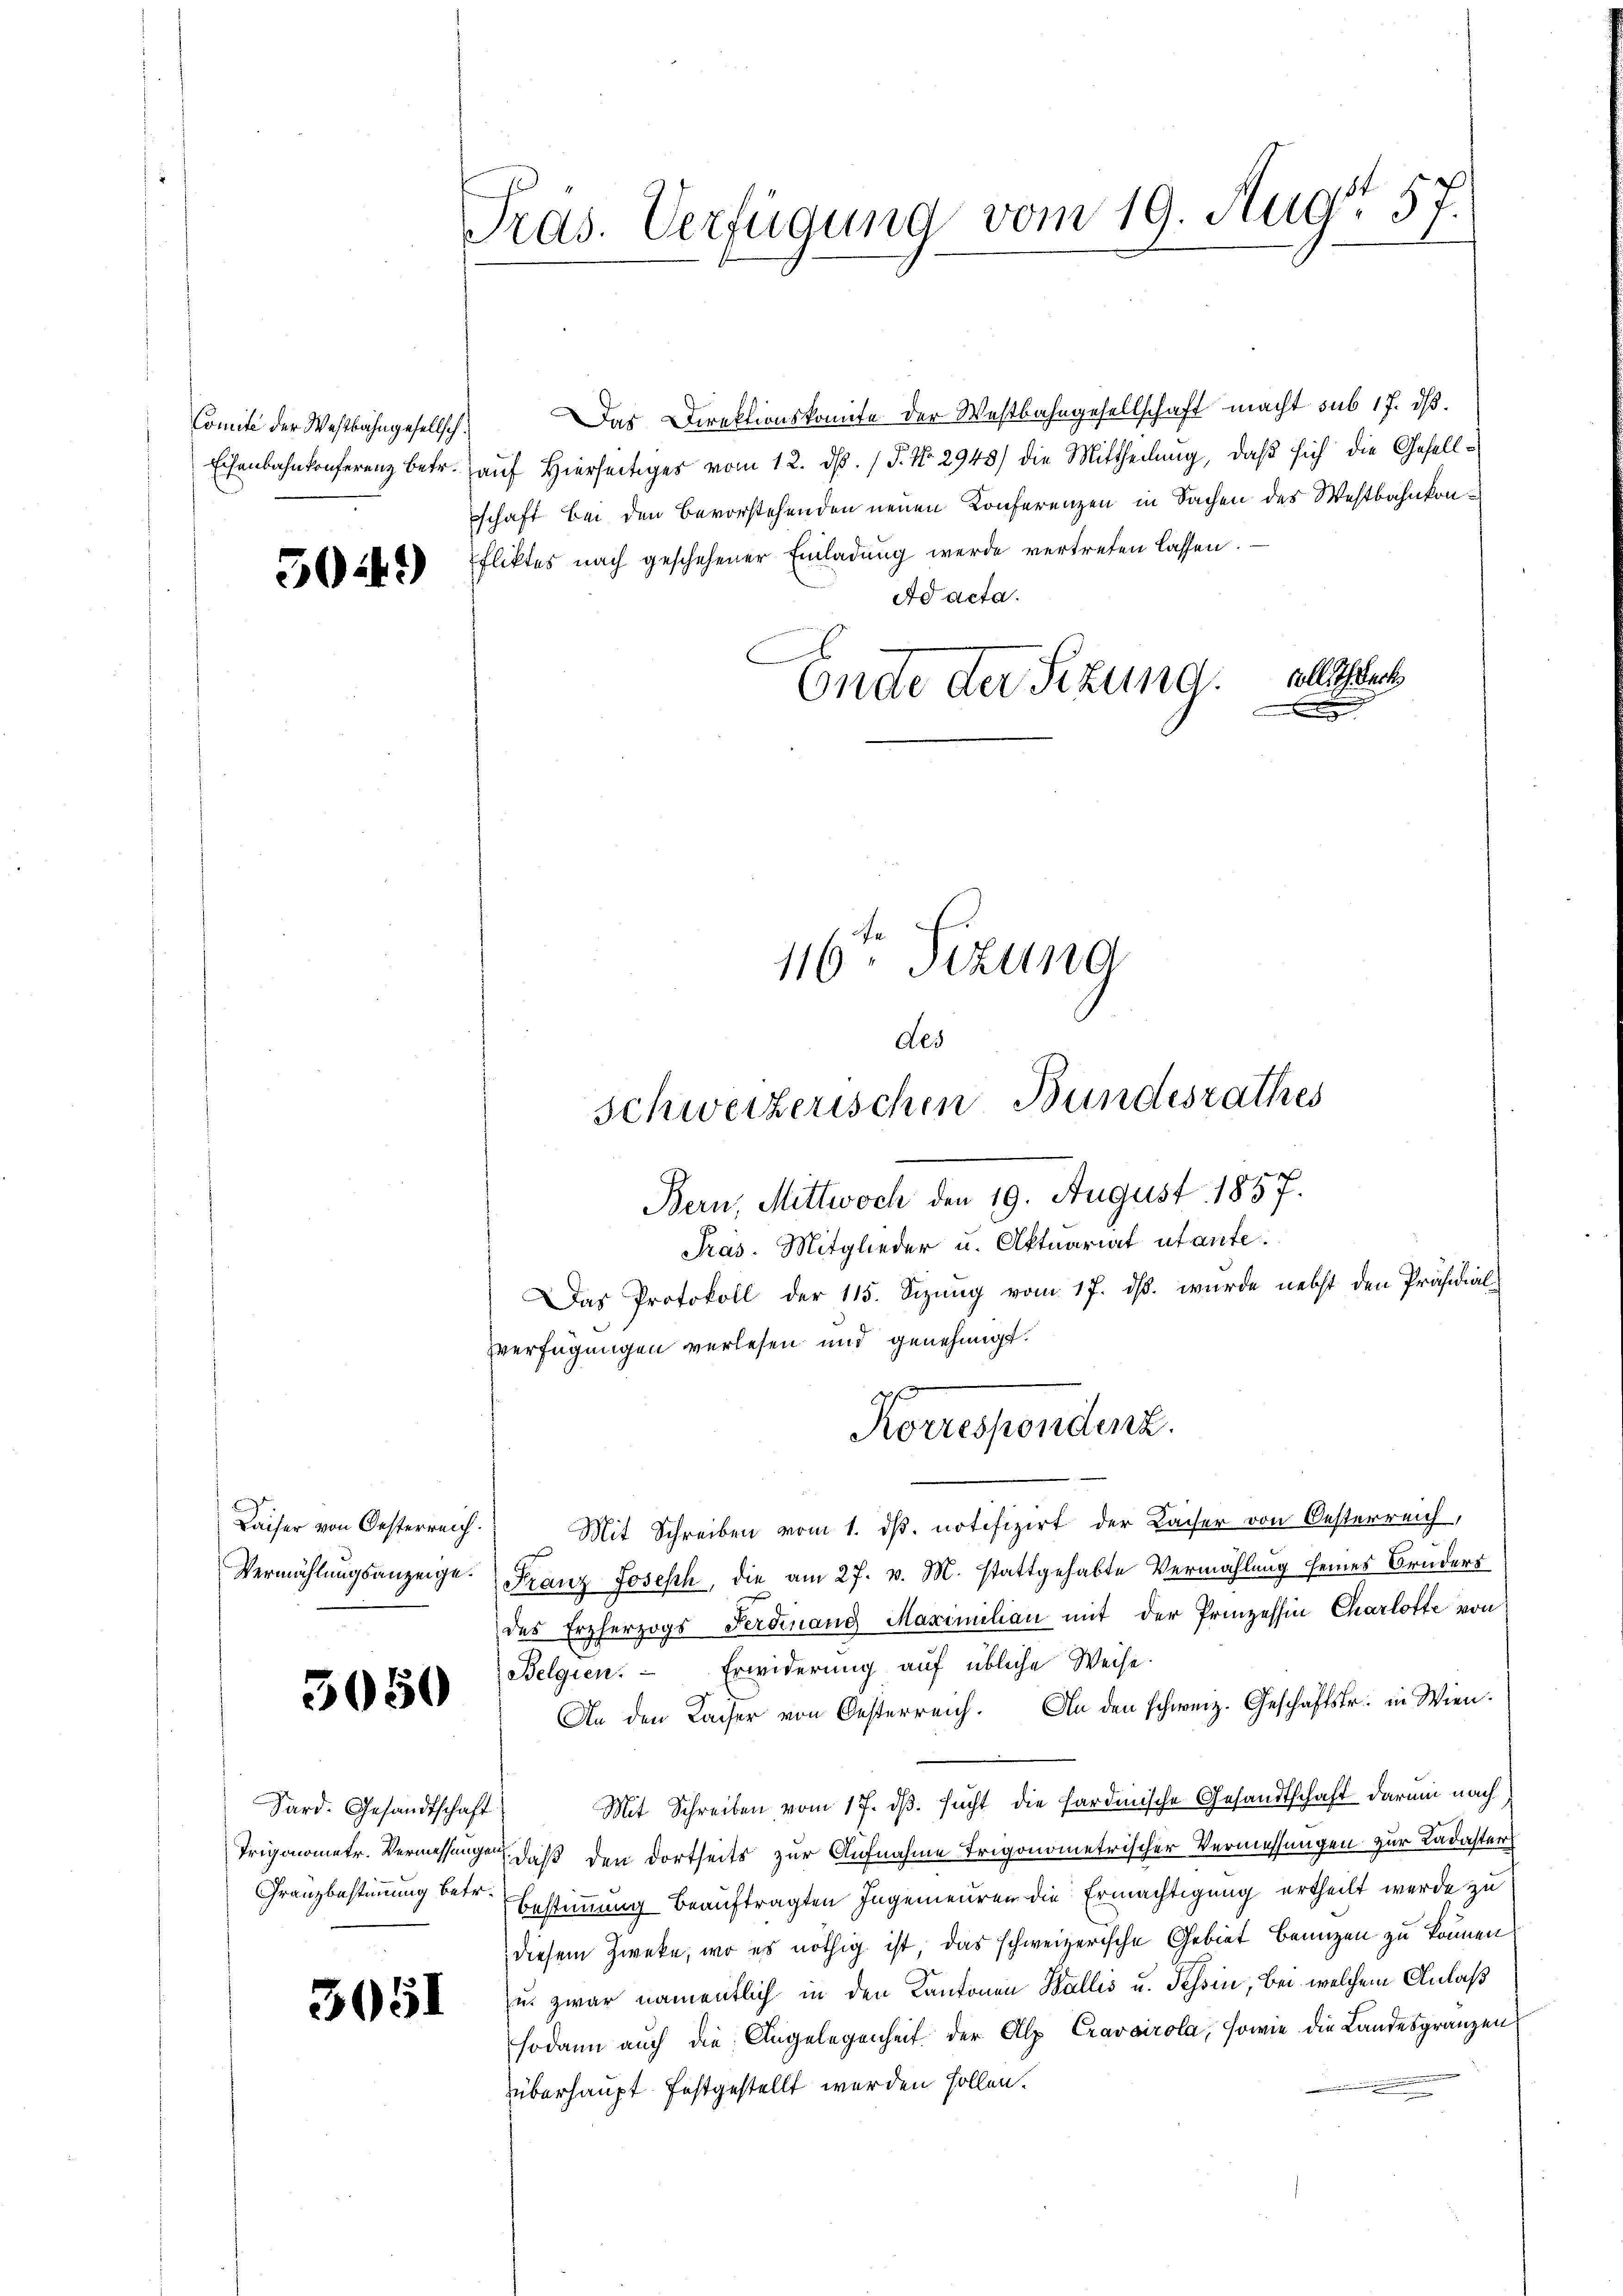
504)

Eisenbahnkonferenz betr.

Kaiser von Oesterreich.
Vermählungsanzeige.

3050

Sard. Gesandtschaft
Trigonometr. Vermessunge
Granzbestimmung betr.

3051

14
Pras. Verfügung vom 19. Aug. 57.

Comite der Westbahngesellsch. Das Direktionskomite der Westbahngesellschaft macht sub 17. dß.
auf Hierseitiges vom 12. dß. / P. Nr. 2948) die Mittheilung, daß sich die Gesellschaft bei den Bevorstehenden neuen Konferenzen in Sachen des Westbahnkonfliktes nach geschehener Einladŭng werde vertreten lassen.
Ad acta.
Ende der Sitzung alle

Das Protokoll der 115. Sizung vom 17. ds. wurde nebst den Präsidial-
verfügungen verlesen und genehmigt.
Mit Schreiben vom 1. ds. notifizirt der Kaiser von Oesterreich,
Franz Joseph, die am 27. v. M. stattgehabte Vermählung seines Bruders
des Erzherzogs Ferdinand Maximilian mit der Prinzessin Charlotte von
Belgien. - Erwiderung auf übliche Weise.
An den Kaiser von Oesterreich. An den schweiz. Geschäftsfr. in Wien¬
Mit Schreiben vom 17. dβ. sucht die sardinische Gesandtschaft darum nach
daß den dortseits zur Aufnahme Trigonometrischer Vermessungen zur Kadaster
Bestimmung beauftragten Ingenieuren die Ermächtigung ertheilt werde zu
diesem Zweke, wo es nöthig ist, das schweizerische Gebiet benuzen zu können.
u. zwar namentlich in den Kantonen Wallis u. Tessin, bei welchem Anlaß
sodann auch die Angelegenheit der Alp Cravairola, sowie die Landesgränzen
überhaupt festgestellt werden sollen.

116ten Sizung
des

Schweizerischen Bundesrathes
Bern, Mittwoch den 19. August 1857.
Pras. Mitglieder u. Aktuariat utante.

Korrespondenz.